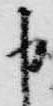
申